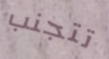
تتجنب